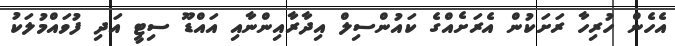
އެހެން ހުރިހާ ރަށަކުން އެރަށެއްގެ ކައުންސިލް އިދާރާއިންނާއި އައްޑޫ ސިޓީ އަދި ފުވައްމުލަކު